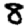
Digit: 8